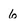
Character: 6